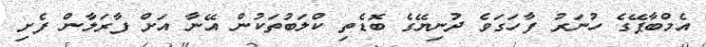
އެމްބާޕޭގެ ހުނަރު ފާހަގަވެ ދުނިޔޭގެ ބޮޑެތި ކްލަބުތަކުން އޭނާ އަށް ފާރަލާން ފެށި